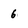
Character: 6